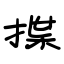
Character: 揲